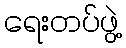
ရေးတပ်ဖွဲ့